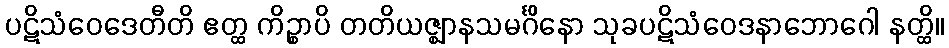
ပဋိသံဝေဒေတီတိ ဧတ္ထ ကိဉ္စာပိ တတိယဇ္ဈာနသမင်္ဂိနော သုခပဋိသံဝေဒနာဘောဂေါ နတ္ထိ။